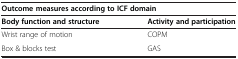
| <COLSPAN=2> Outcome measures according to ICF domain |
 | Body function and structure | Activity and participation |
 | --- | --- |
 | Wrist range of motion | COPM |
 | Box & blocks test | GAS |